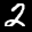
Label: 2